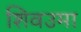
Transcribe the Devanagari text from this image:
शिवउमा